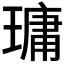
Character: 𤨭